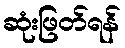
ဆုံးဖြတ်ရန်